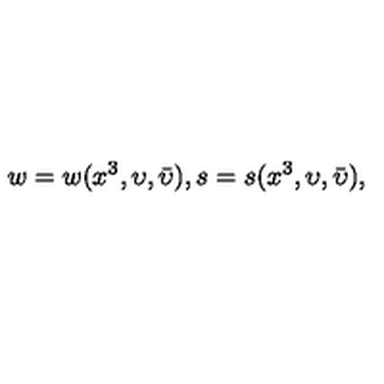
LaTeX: w = w ( x ^ { 3 } , \upsilon , \bar { \upsilon } ) , s = s ( x ^ { 3 } , \upsilon , \bar { \upsilon } ) ,